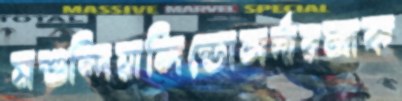
মশুন্দিয়ালিন্ডোসর্দারআক